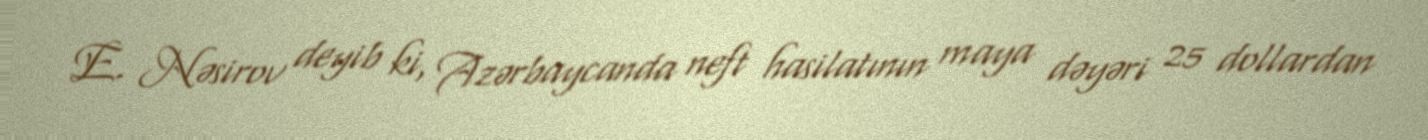
E. Nəsirov deyib ki, Azərbaycanda neft hasilatının maya dəyəri 25 dollardan